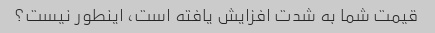
قیمت شما به شدت افزایش یافته است، اینطور نیست؟